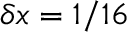
\delta x = 1 / 1 6